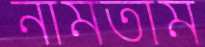
নামতাম